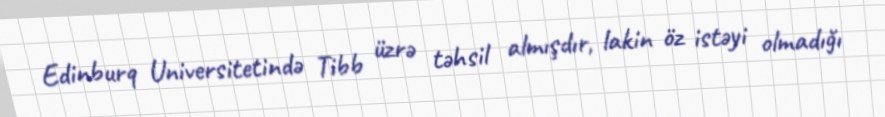
Edinburq Universitetində Tibb üzrə təhsil almışdır, lakin öz istəyi olmadığı